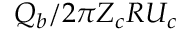
Q _ { b } / 2 \pi Z _ { c } R U _ { c }